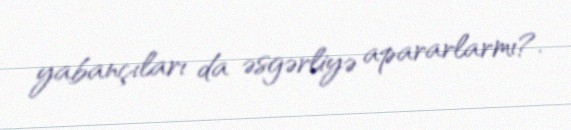
yabançıları da əsgərliyə apararlarmı?.